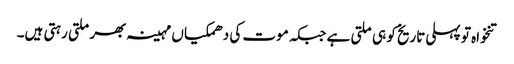
تنخواہ تو پہلی تاریخ کو ہی ملتی ہے جبکہ موت کی دھمکیاں مہینہ بھر ملتی رہتی ہیں۔